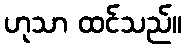
ဟုသာ ထင်သည်။